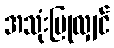
အသုံးပြုလျှင်